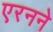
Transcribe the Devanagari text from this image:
एरनने